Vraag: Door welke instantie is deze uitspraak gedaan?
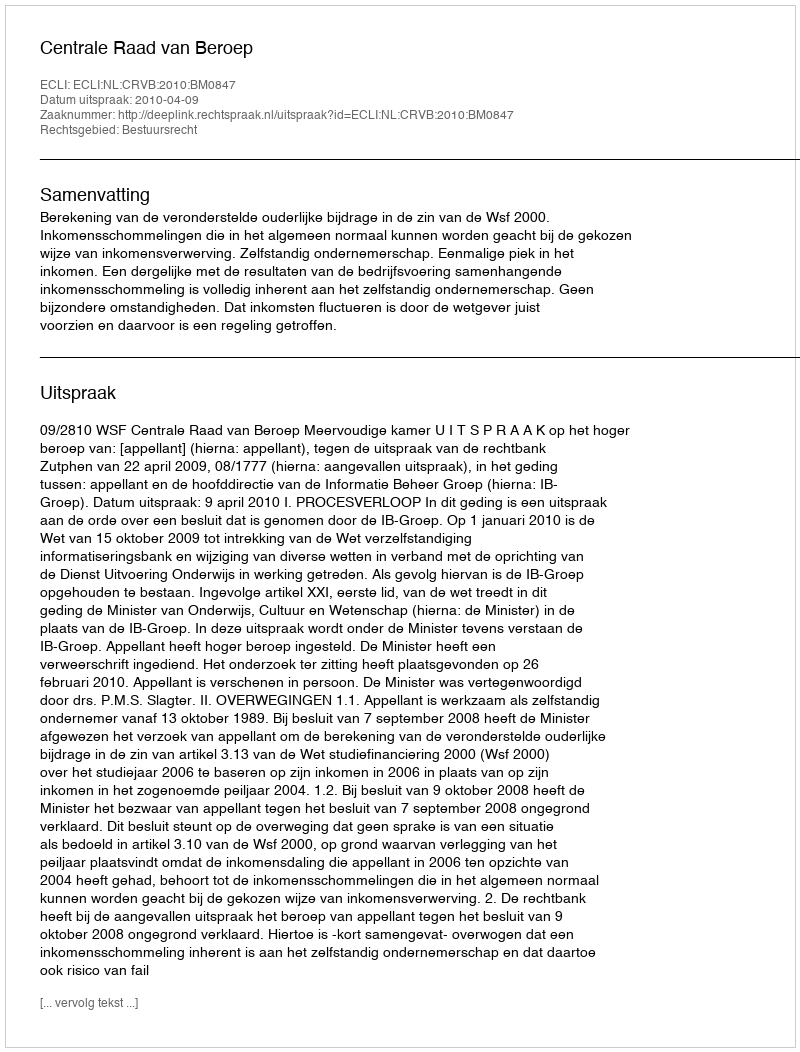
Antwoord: Centrale Raad van Beroep